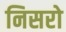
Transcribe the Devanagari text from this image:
निसरो